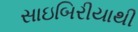
સાઇબિરીયાથી